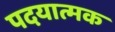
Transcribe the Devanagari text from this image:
पदयात्मक